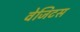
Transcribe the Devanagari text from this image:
वेजिटस